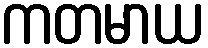
ကတမာယ